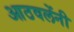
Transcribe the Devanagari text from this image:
आठवलेंनी